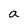
Character: a